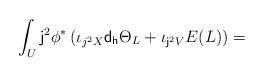
LaTeX: \begin{align*} \int_U{\sf j}^2\phi^*\left(\iota_{j^2X}\mathsf{d_h}\Theta_L +\iota_{{\sf j}^2V} E(L) \right)=\end{align*}